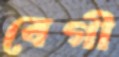
বেগী